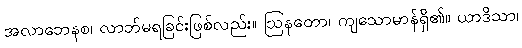
အလာဘေနစ၊ လာဘ်မရခြင်းဖြစ်လည်း။ ဩနတော၊ ကျသောမာန်ရှိ၏။ ယာဒိသာ၊